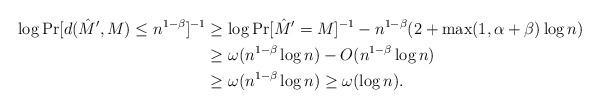
LaTeX: \begin{align*}\log \Pr[d(\hat{M}',M) \leq n^{1-\beta}]^{-1} &\geq \log \Pr[\hat{M}' = M]^{-1} - n^{1-\beta}(2 + \max(1, \alpha+\beta) \log n)\\&\geq \omega(n^{1-\beta} \log n) - O(n^{1-\beta} \log n)\\&\geq \omega(n^{1-\beta} \log n) \geq \omega(\log n).\end{align*}